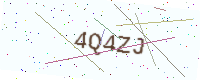
Text: 4Q4ZJ